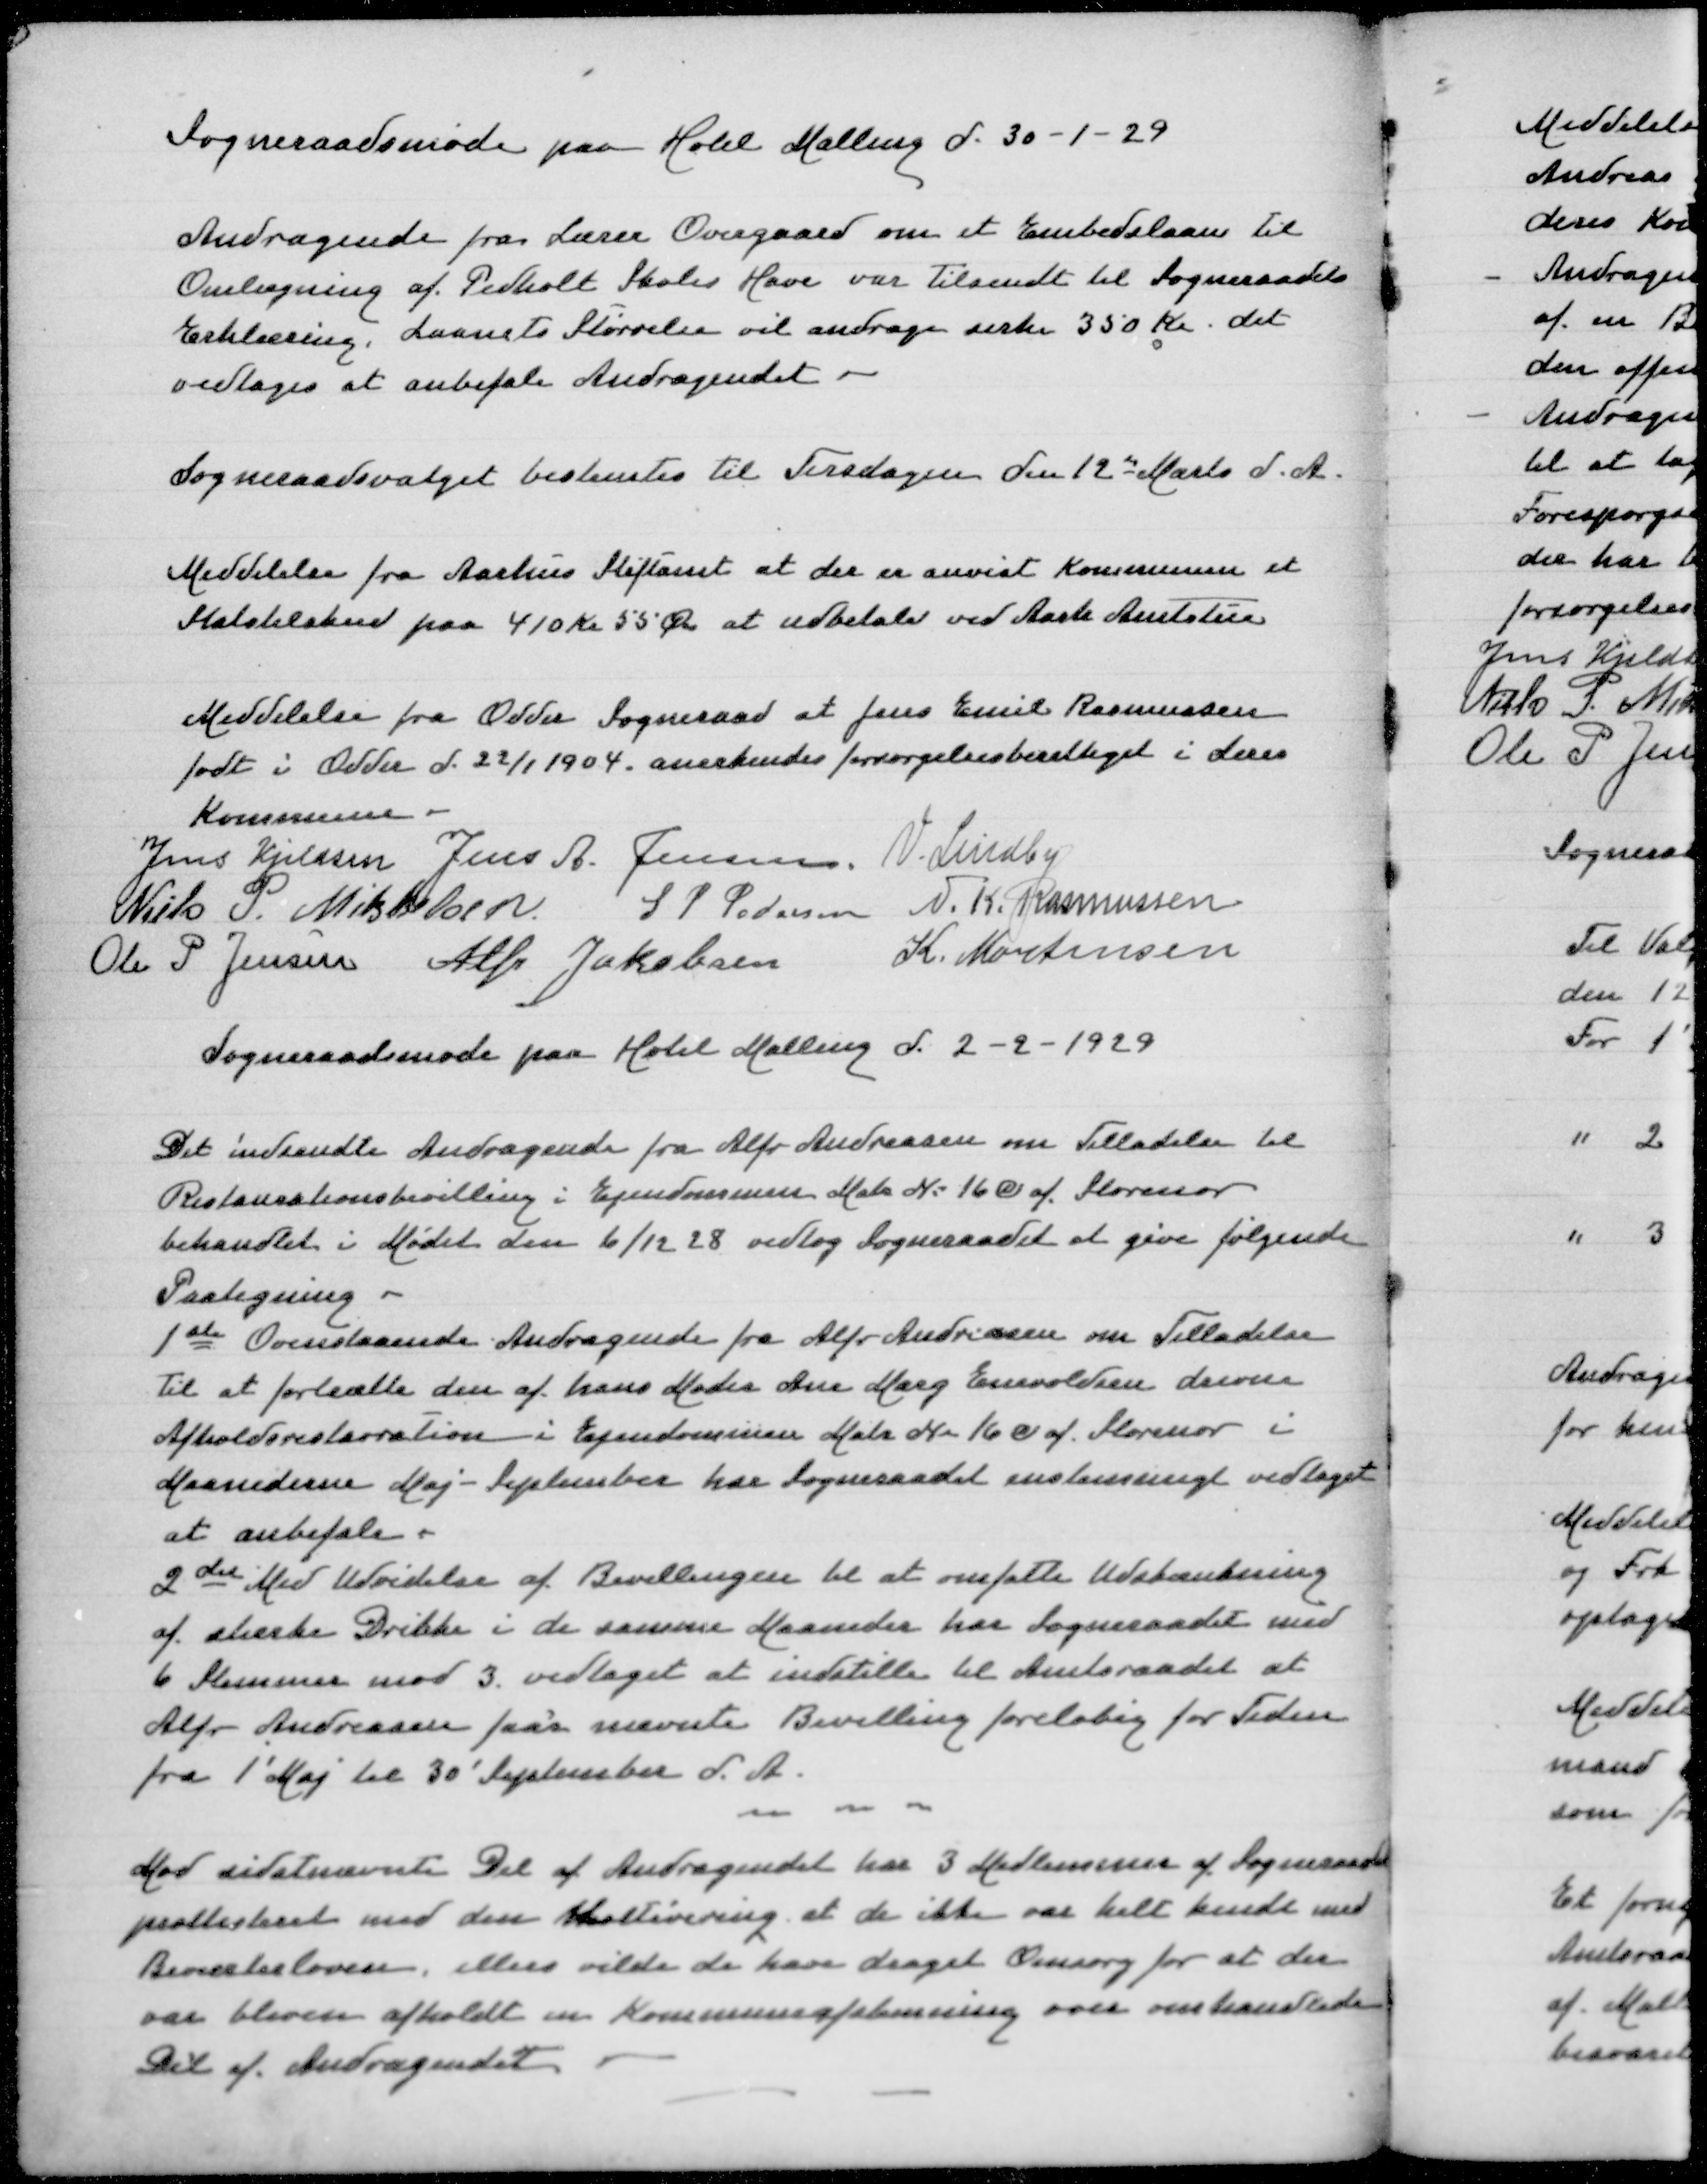
Transskription:
Sogneraadsmøde paa Hotel Malling d 30-1-1929

Andragende fra Lærer Overgaard om et Embedslaan til
Omlægning af Pedholt Skoles Have var tilsendt til Sogneraadets
Erklæring, Laanets Størrelse vil andrage cirka 350 Kr det
vedtoges at anbefale Andragendet

Sogneraadsvalget bestemtes til Tirsdagen den 12de Marts d.A.

Meddelelse fra AarhusStiftamt at der er anvist Kommunen et
Statstilskud paa 410 Kr 55 Øre at udbetale ved Aarh Amtstue

Meddelelse fra Odder Sogneraad at Jens Emil Rasmussen
født i Odder d 22/1 1904 anerkendes forsørgelsesberettiget i deres
Kommune
Jens Kjeldsen
Jens A Jensen
V Lindby
Niels P Mikkelsen
S P Pedersen
N K Rasmussen
Ole P Jensen
Alfr Jakobsen
K Mortensen
Sogneraadsmøde paa Hotel Malling d 2-2-1929

Det indsendte Andragende fra Alfr Andreasen om Tilladelse til
Restaurationsbevilling i Ejendommen Matr N 16c af Storenor
behandlet i Mødet den 6/12 28 vedtog Sogneraadet at give følgende
Paategning:
1de Ovenstaaende Andragende fra Alfr Andreasen om Tilladelse
til at fortsætte den af hans Moder Ane Marg Enevoldsen drevne
Afholdsrestauration i Ejendommen Matr N 16c af Storenor i
Maanederne Maj-September har Sogneraadet enstemmigt vedtaget
at anbefale
2det Med Udvidelsen af Bevillingen til at omfatte Udskænkning
af stærke Drikke i de samme Maaneder har Sogneraadet med
6 Stemmer mod 3 vedtaget at indstille til Amtsraadet at
Alfr Andreasen faar nævnte Bevilling foreløbig for Tiden
fra 1' Maj til 30' September d A
Mod sidstnævnte Del af Andragendet har 3 Medlemmer af Sogneraadet
protesteret med den Motivering at de ikke var helt kendt med
Beværterloven, ellers vilde de have draget Omsorg for at der
var bleven afholdt en Kommuneafstemning over omhandlede
Del af Andragendet